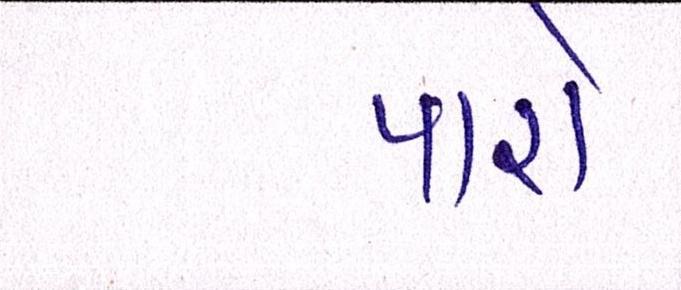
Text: પારો